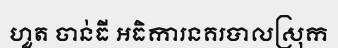
ហួត ចាន់ធី អធិការនគរបាលស្រុក